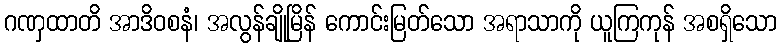
ဂဏှထာတိ အာဒိဝစနံ၊ အလွန်ချိုမြိန် ကောင်းမြတ်သော အရာသာကို ယူကြကုန် အစရှိသော